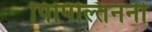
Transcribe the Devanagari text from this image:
पिपिल्तिननी